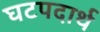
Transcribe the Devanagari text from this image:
घटपदार्थ